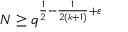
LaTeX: N \geq q ^ { { \frac { 1 } { 2 } } - { \frac { 1 } { 2 ( k + 1 ) } } + \varepsilon }